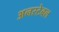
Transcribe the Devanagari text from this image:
अनस्टेबल